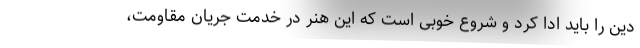
دین را باید ادا کرد و شروع خوبی است که این هنر در خدمت جریان مقاومت،